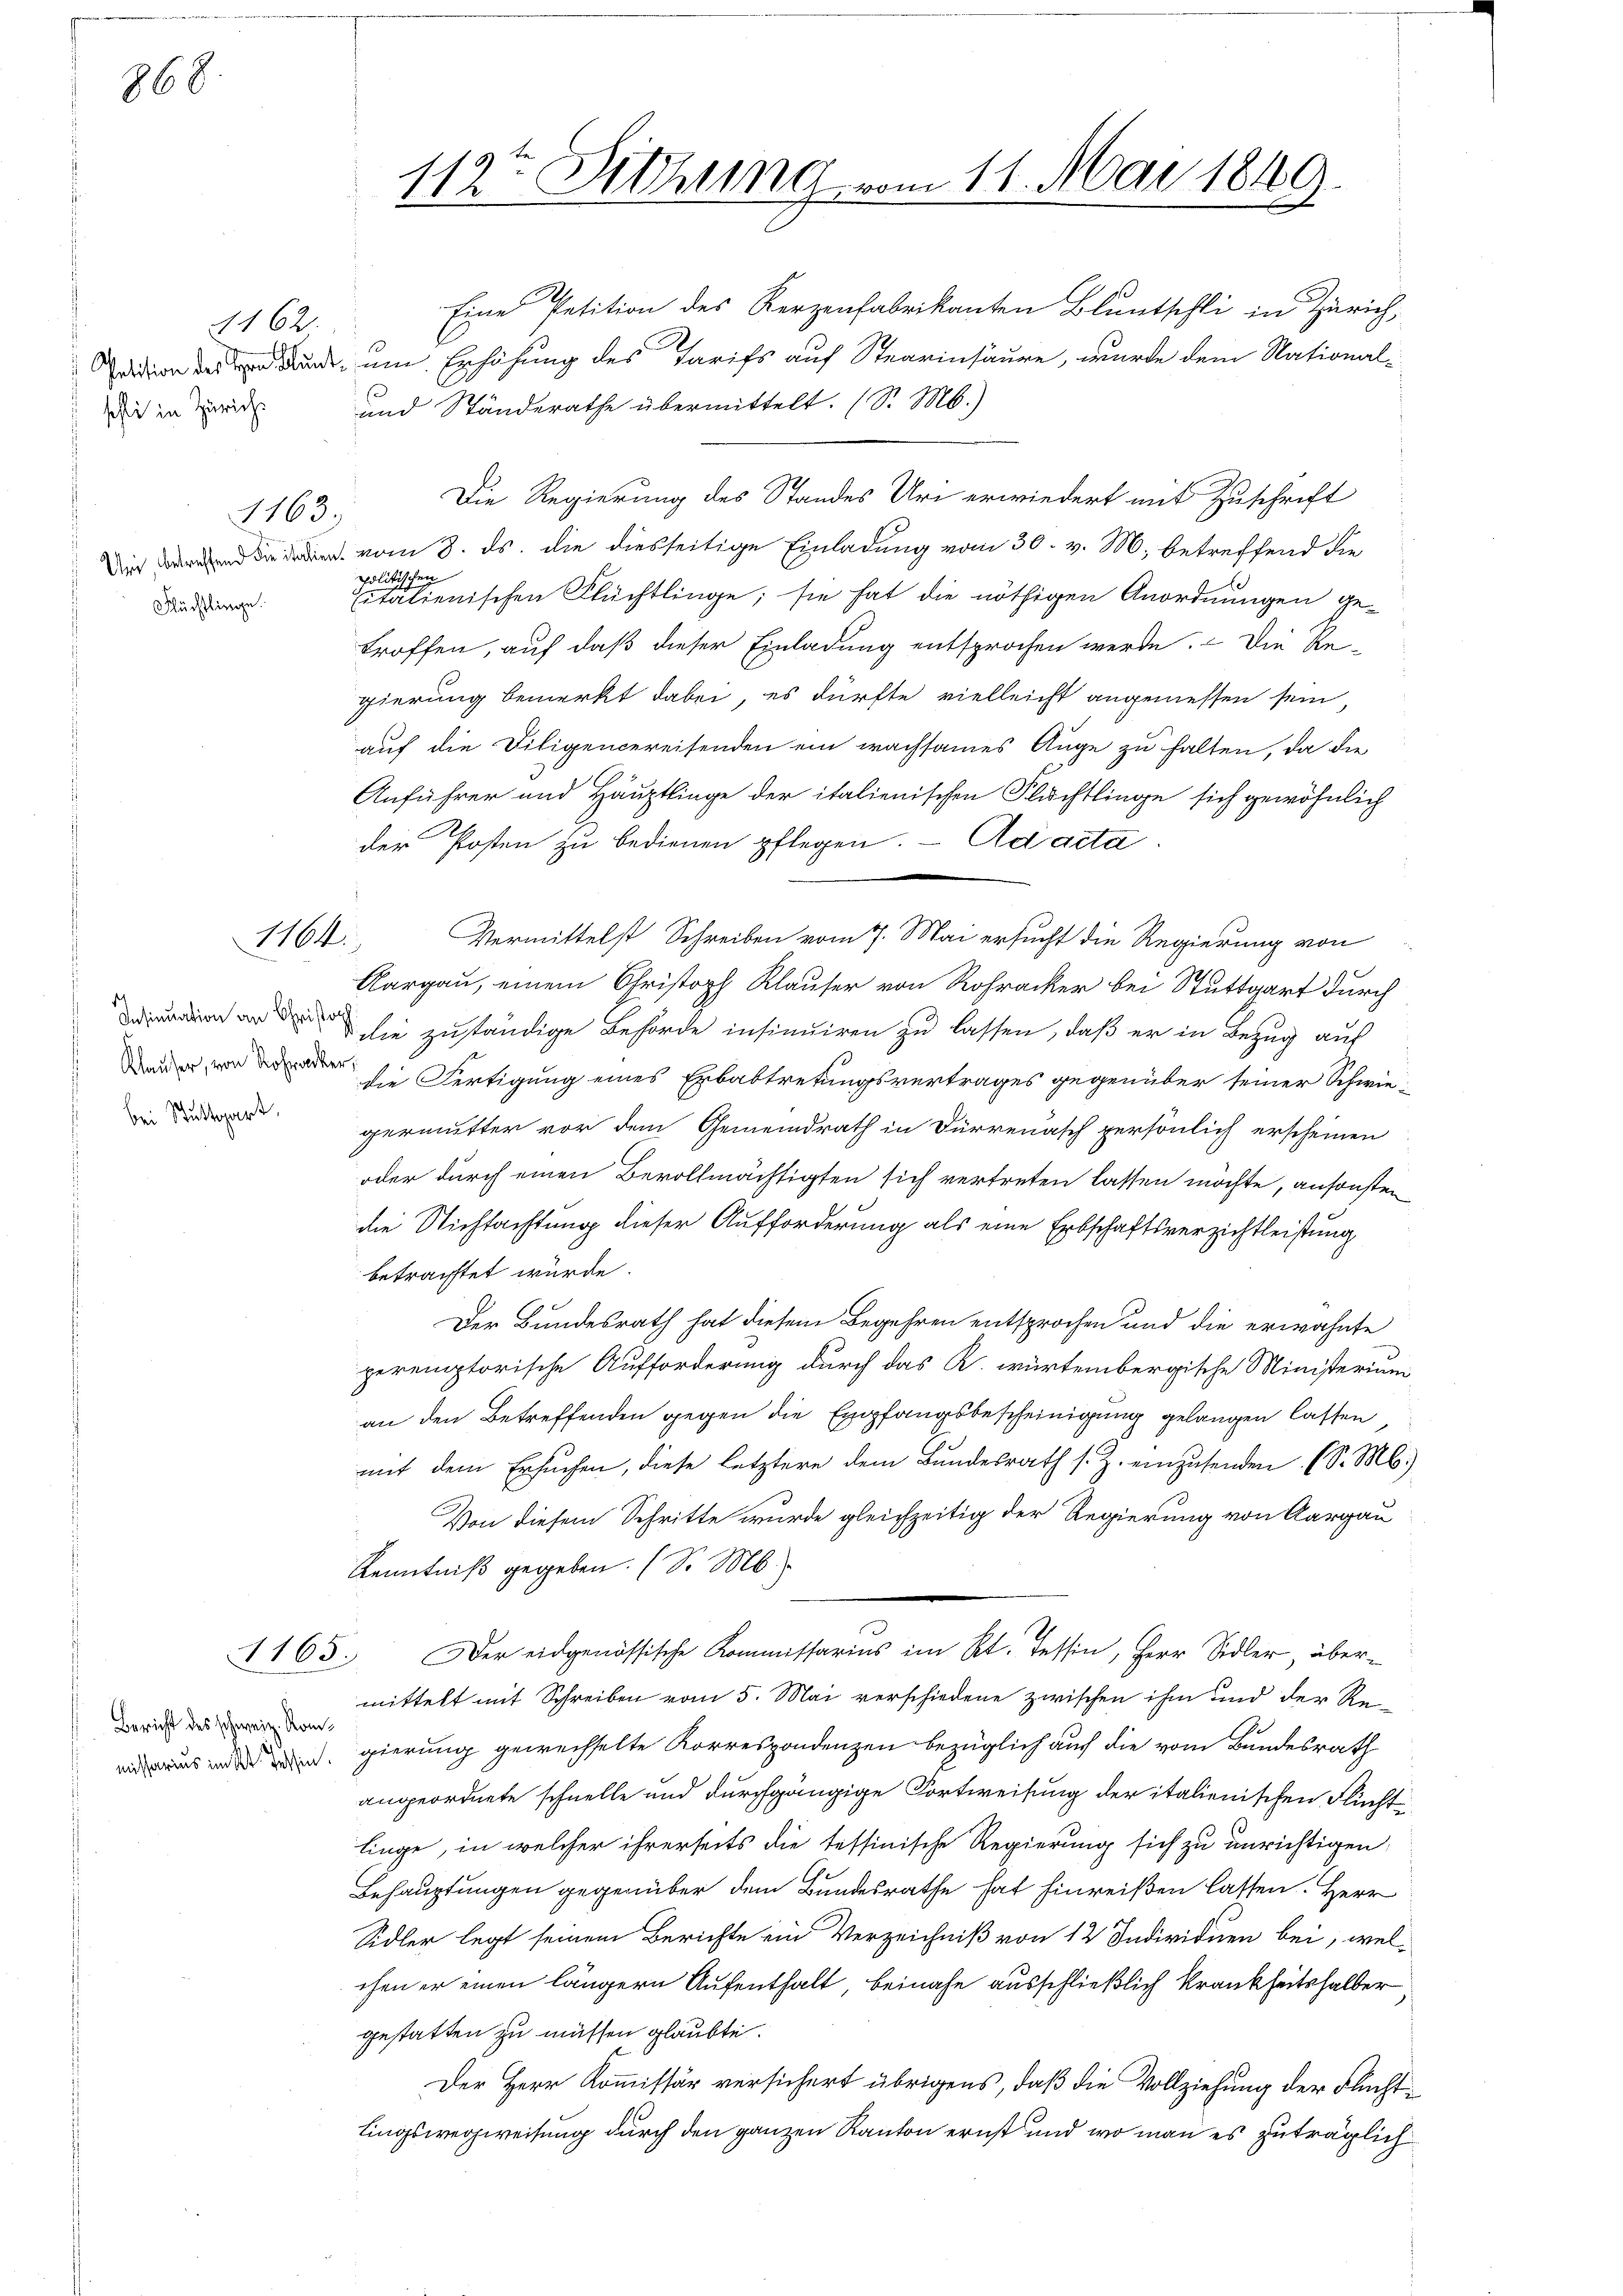
868

Petition des von Flunt¬

4162.

1163

Uni, betreffend die italien¬
Flüchtlinge.

1164

Insinuation an Christor
Klauser, von Rohracker
bei Stuttgart,

1165.

Bericht des schweiz. Kommissarius im Kt. Tessin.

112ten Hohling vom 11. Mai 1860
2

Dich in des und Ständerathe übermittelt. (S. M.)
Die Regierung des Standes Uri erwiedert mit Zuschrift
vom 8. ds. die diesseitige Einladung vom 30. v. M. betreffend die
politischen
Eitalienischen Flüchtlinge; sie hat die nöthigen Anordnungen getroffen, auf daß dieser Einladung entsprochen werde. Die Re-
gierung bemerkt dabei, es dürfte vielleicht angemessen sein,
auf die Diligencereisenden ein wachsames Auge zu halten, da die
Anführer und Häuptlinge der italienischen Flüchtlinge sich gewöhnlich
der Posten zu bedienen pflegen. - Ad acta
Vermittelst Schreiben vom 7. Mai ersucht die Regierung von
Aargau, einem Christoph Klauser von Rohracker bei Stuttgart durch
die zuständige Behörde insinuiren zu lassen, daß er in Bezug auf
die Fertigung eines Erbabtretungsvertrages gegenüber seiner Schwie-
germutter vor dem Gemeindrath in Dürrenasch persönlich erscheinen
oder durch einen Bevollmächtigten sich vertreten lassen möchte, ansonsten
die Nichtachtung dieser Aufforderung als eine Erbschaftsverzichtleistung
betrachtet würde.
Der Bundesrath hat diesem Begehren entsprochen und die erwähnte
peremptorische Aufforderung durch das K. würtembergische Ministerium
an den Betreffenden gegen die Empfangsbescheinigung gelangen lassen
mit dem Ersuchen, diese letztere dem Bundesrath s. Z. einzusenden (S. M.)
Von diesem Schritte wurde gleichzeitig der Regierung von Aargau
Kenntniß gegeben. (S. M.
Der eidgenössische Kommissarius im Kt. Tessin, Herr Sidler, übermittelt mit Schreiben vom 5. Mai verschiedene zwischen ihm und der Regierung gewechselte Korrespondenzen bezüglich auch die vom Bundesrath
angeordnete schnelle und durchgängige Fortweisung der italienischen Flücht
linge, in welcher ihrerseits die tessinische Regierung sich zu unrichtigen
Behauptungen gegenüber dem Bundesrathe hat hinreißen lassen. Herr
Sidler legt seinem Berichte ein Verzeichniß von 12 Individuen bei, welchen er einen längern Aufenthalt, beinahe ausschließlich krankheitshalber
gestatten zu müssen glaubte.
Der Herr Kommissär versichert übrigens, daß die Vollziehung der Fluchttingswegweisung durch den ganzen Kanton ernst und wo man es zuträglich

Eine Petition des Kerzenfabrikanten Bluntschli in Zürich,
um Erhöhung des Tarifs auf Stearinsäure, wurde dem National-